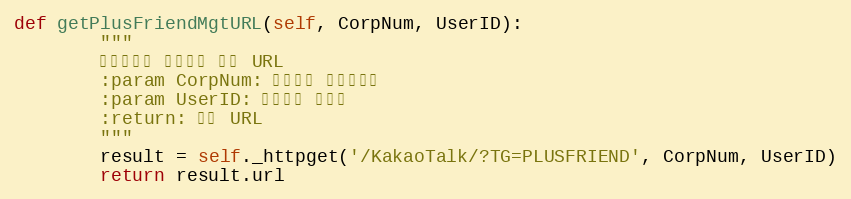
Language: Python
def getPlusFriendMgtURL(self, CorpNum, UserID):
        """
        플러스친구 계정관리 팝업 URL
        :param CorpNum: 팝빌회원 사업자번호
        :param UserID: 팝빌회원 아이디
        :return: 팝빌 URL
        """
        result = self._httpget('/KakaoTalk/?TG=PLUSFRIEND', CorpNum, UserID)
        return result.url